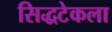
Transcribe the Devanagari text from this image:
सिद्धटेकला